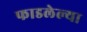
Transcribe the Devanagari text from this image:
फाडलेल्या